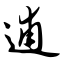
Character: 逋